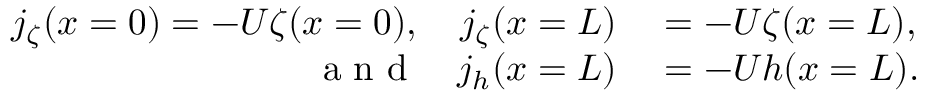
\begin{array} { r l } { j _ { \zeta } ( x = 0 ) = - U \zeta ( x = 0 ) , \quad j _ { \zeta } ( x = L ) } & { { } = - U \zeta ( x = L ) , } \\ { \mathrm { ~ a ~ n ~ d ~ } \quad j _ { h } ( x = L ) } & { { } = - U h ( x = L ) . } \end{array}